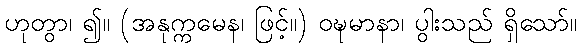
ဟုတွာ၊ ၍။ (အနုက္ကမေန၊ ဖြင့်။) ဝဍ္ဎမာနာ၊ ပွါးသည် ရှိသော်။